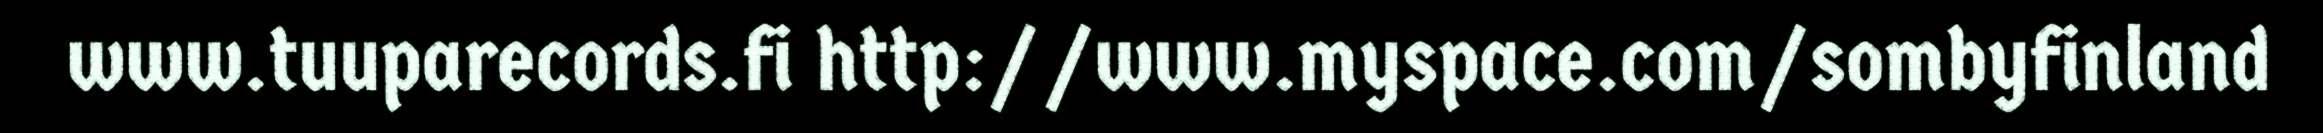
www.tuuparecords.fi http://www.myspace.com/sombyfinland